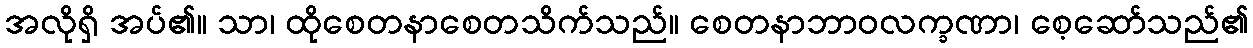
အလိုရှိ အပ်၏။ သာ၊ ထိုစေတနာစေတသိက်သည်။ စေတနာဘာဝလက္ခဏာ၊ စေ့ဆော်သည်၏